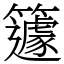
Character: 籧